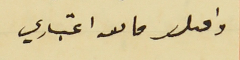
واقبلو فاىق اعتباري